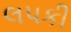
લપકી